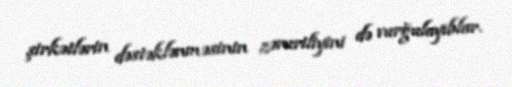
şirkətlərin dəstəklənməsinin zəruriliyini də vurğulayıblar.